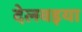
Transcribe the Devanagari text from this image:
देलवइया